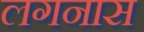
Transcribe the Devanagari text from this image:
लगनास